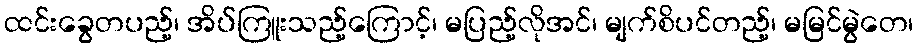
ထင်းခွေတပည့်၊ အိပ်ကြူးသည့်ကြောင့်၊ မပြည့်လိုအင်၊ မျက်စိပင်တည့်၊ မမြင်မွဲတေ၊